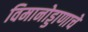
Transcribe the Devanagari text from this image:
विमानोड्डाणाचे